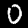
Digit: 0